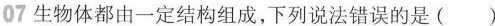
07生物体都由一定结构组成，下列说法错误的是（）